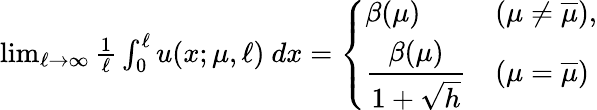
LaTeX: \begin{array}{r}{\operatorname*{lim}_{\ell\to\infty}\frac{1}{\ell}\int_{0}^{\ell}u(x;\mu,\ell)\ dx=\left\{ \begin{array}{ll}{\beta(\mu)}&{(\mu\neq\overline{{\mu}}),}\\ {\displaystyle\frac{\beta(\mu)}{1+\sqrt{h}}}&{(\mu=\overline{{\mu}})}\end{array}\right.}\end{array}